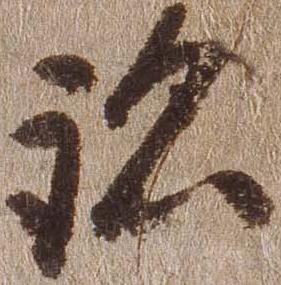
跡